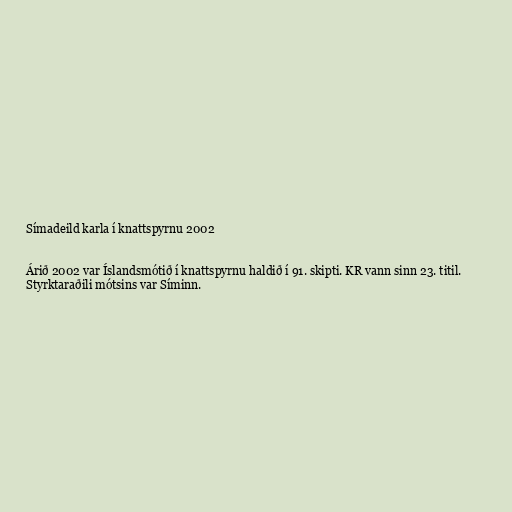
Símadeild karla í knattspyrnu 2002

Árið 2002 var Íslandsmótið í knattspyrnu haldið í 91. skipti. KR vann sinn 23. titil.
Styrktaraðili mótsins var Síminn.